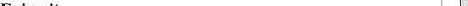
Enjoy it. 通顺、完整,符合逻辑。